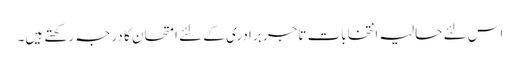
اس لئے حالیہ انتخابات تاجر برادری کے لئے امتحان کا درجہ رکھتے ہیں۔